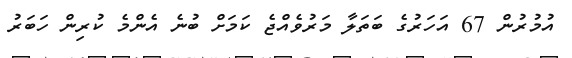
އުމުރުން 67 އަހަރުގެ ބަތަލާ މަރުވެއްޖެ ކަމަށް ބުނެ އެންމެ ކުރިން ހަބަރު